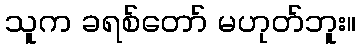
သူက ခရစ်တော် မဟုတ်ဘူး။